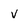
Character: v